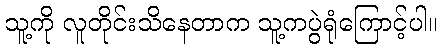
သူ့ကို လူတိုင်းသိနေတာက သူ့ကပွဲရုံကြောင့်ပါ။